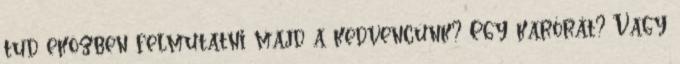
tud eközben felmutatni majd a kedvencünk? Egy karórát? Vagy